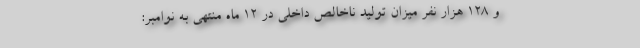
و ۱۲۸ هزار نفر میزان تولید ناخالص داخلی در ۱۲ ماه منتهی به نوامبر: